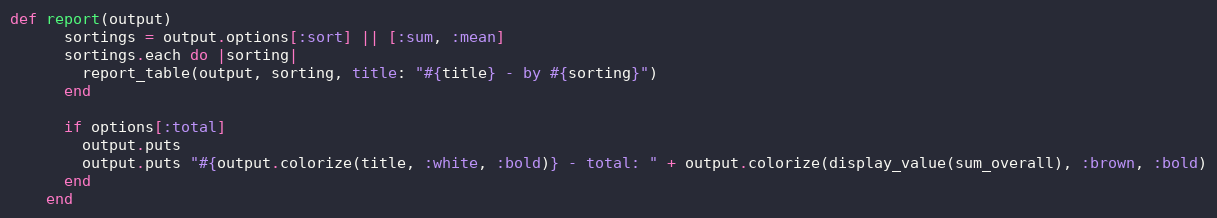
Language: Ruby
def report(output)
      sortings = output.options[:sort] || [:sum, :mean]
      sortings.each do |sorting|
        report_table(output, sorting, title: "#{title} - by #{sorting}")
      end

      if options[:total]
        output.puts
        output.puts "#{output.colorize(title, :white, :bold)} - total: " + output.colorize(display_value(sum_overall), :brown, :bold)
      end
    end